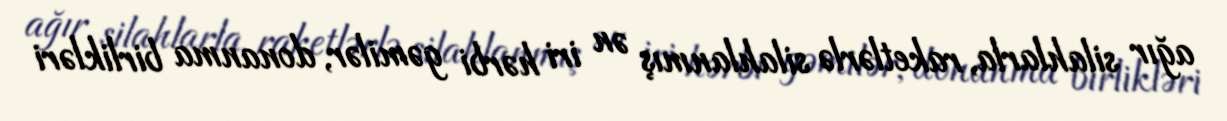
ağır silahlarla, raketlərlə silahlanmış ən iri hərbi gəmilər, donanma birlikləri